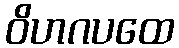
ဝိဟဂပထေ